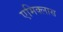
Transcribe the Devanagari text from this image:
एमिक्लास